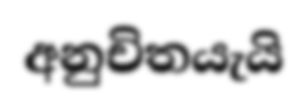
අනුචිතයැයි